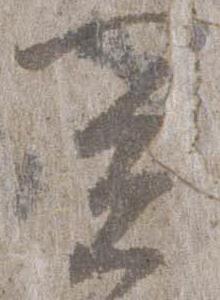
闍